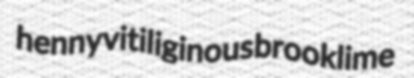
henny vitiliginous brooklime